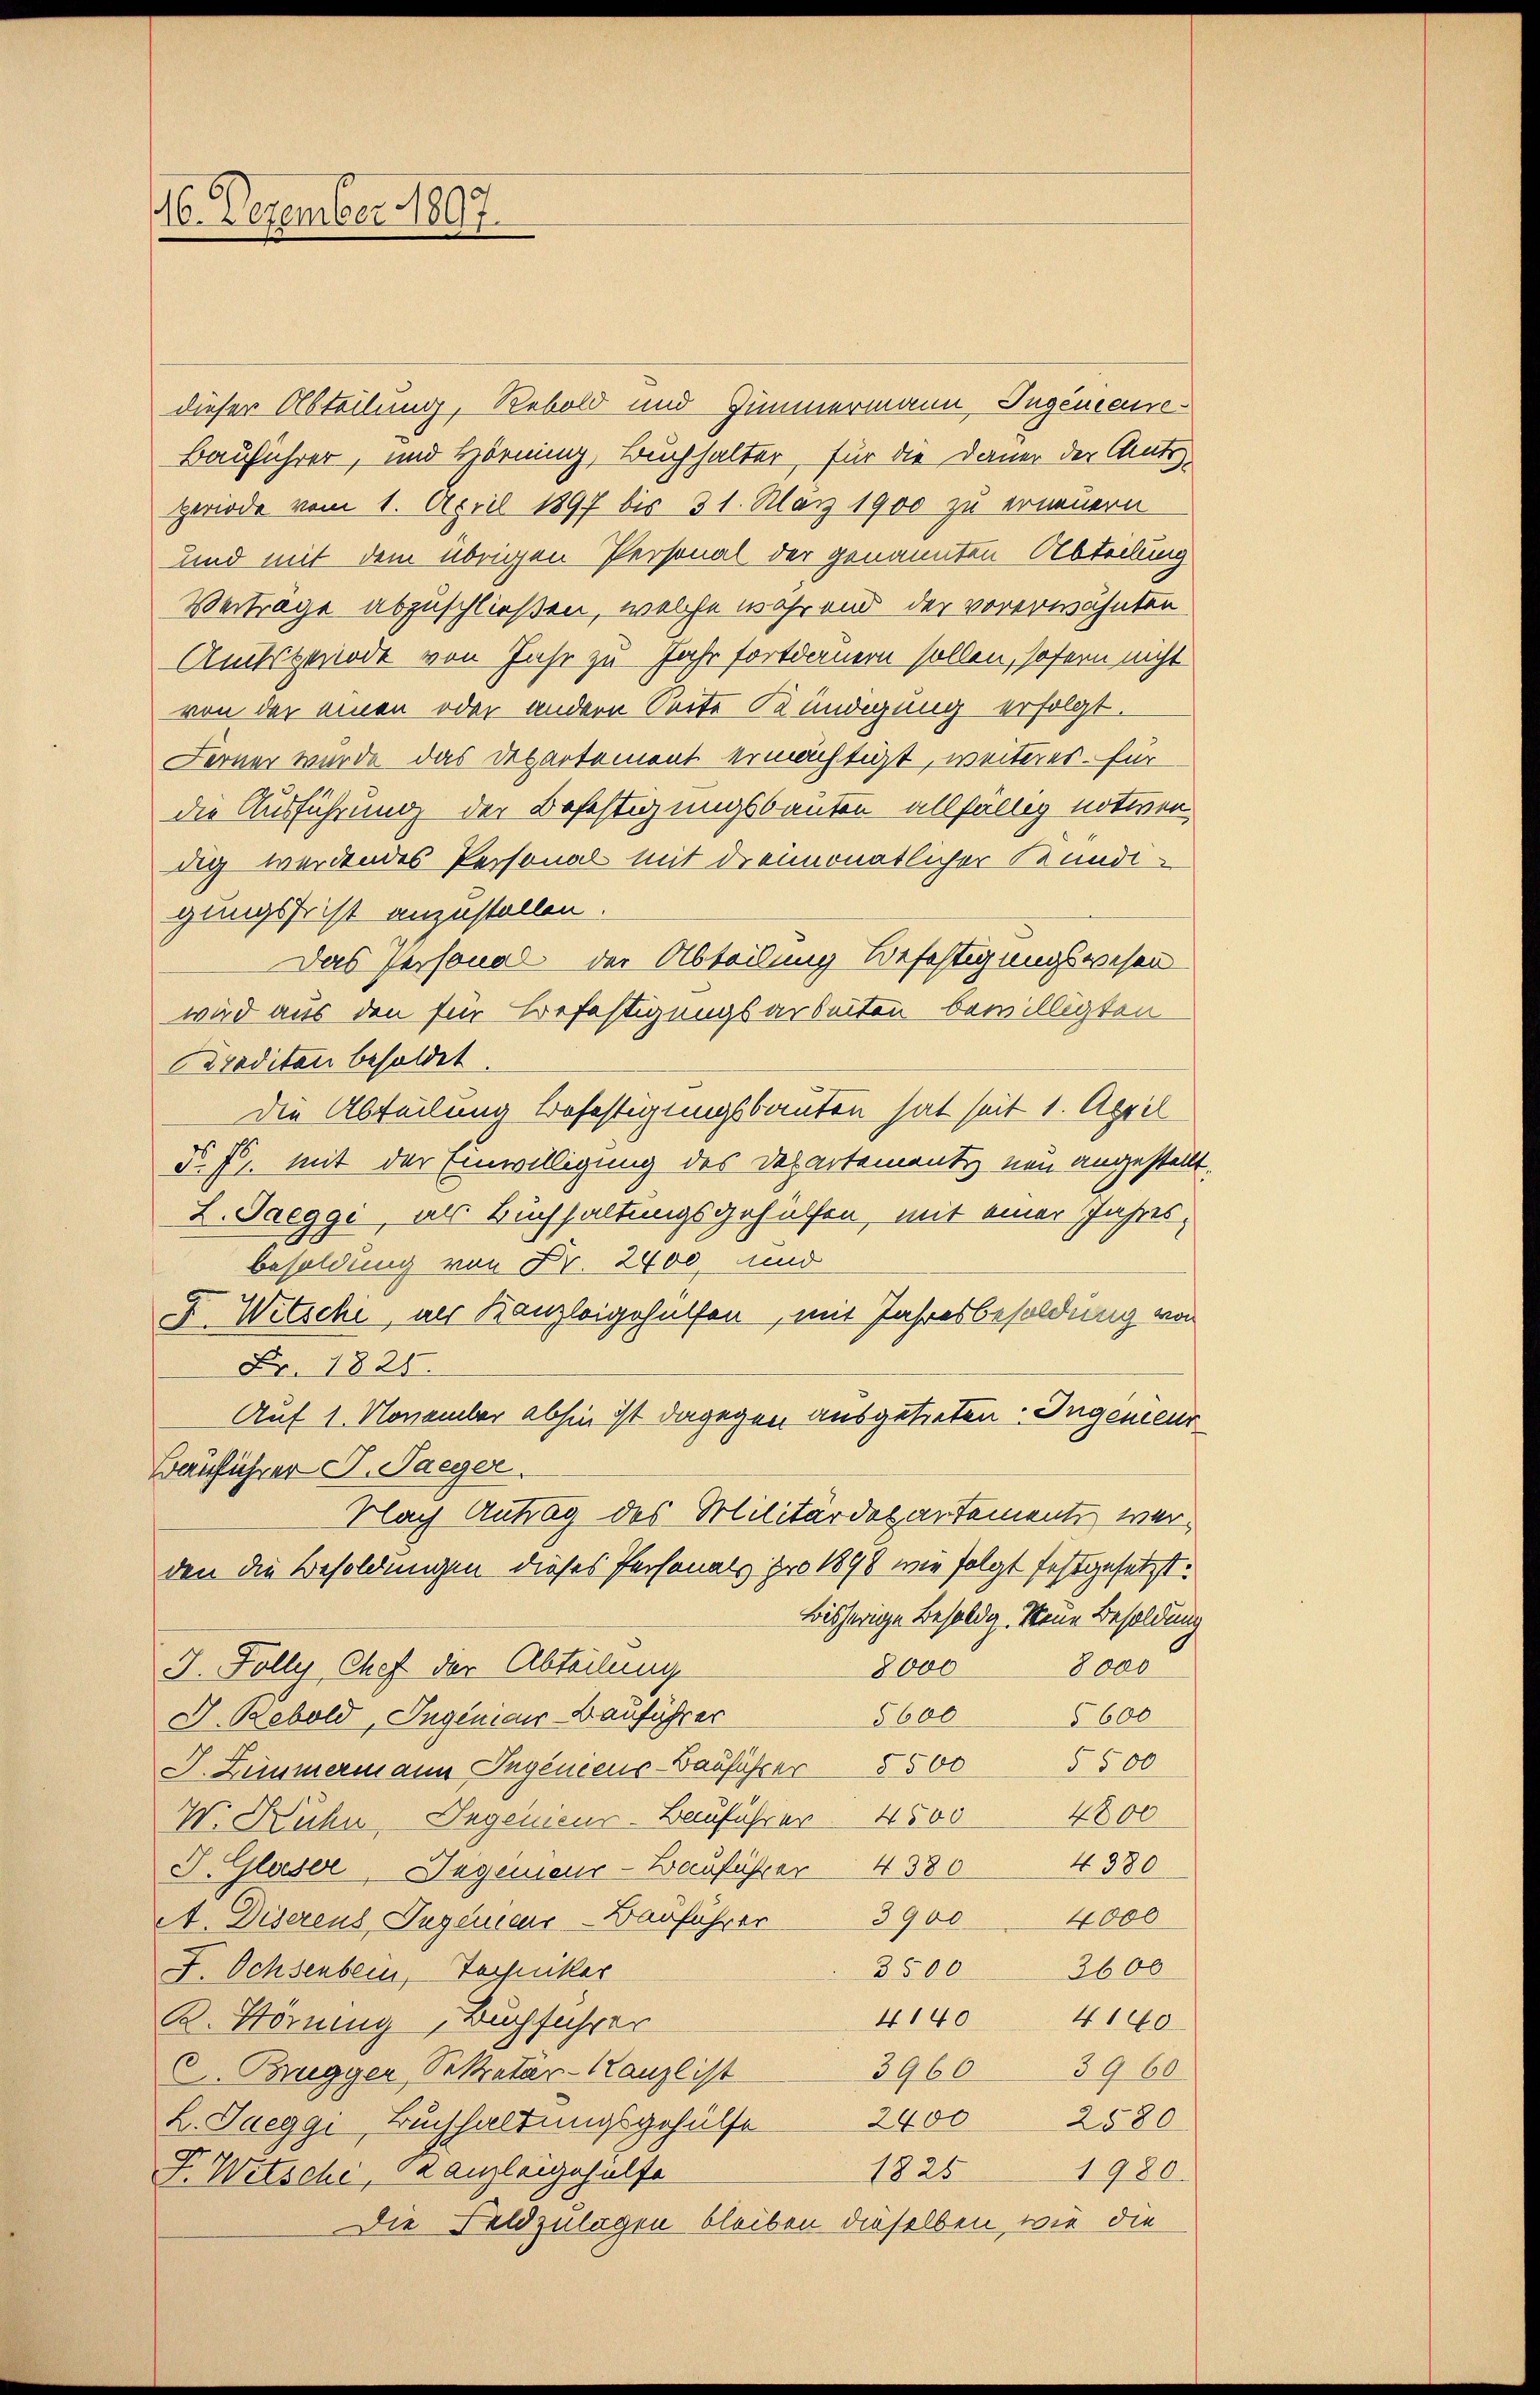
46. Dezember 1897.

dieser Abteilung, Rebold und Zimmermann, Ingenieure¬
Bauführer, und Hörning, Buchhalter, für die Dauer der Amts-
periode vom 1. April 1897 bis 31. März 1900 zu erneuern
und mit dem übrigen Personal der genannten Abteilung
Verträge abzuschließen, welche wahrend der vorerwähnten
Amtsgerode von Jahr zu Jahr fortdauern sollen, sofern nicht
von der einen oder andern Seite Kündigung erfolgt.
Ferner wurde das Departement ermächtigt, weiteres für
die Ausführung der Befestigungsbauten allfällig notiven
dig werdendes Personal mit dreimonatlicher Kundigungsfrist anzustellen.
Das Personal der Abteilung Beschtigungswesen
wird aus den für Befestigungsarbeiten bewilligten
Traditan besoldet.
Die Abteilung Befestigungsbauten hat seit 1. April
Nr. f. mit der Einwilligung des Departementi nun angestellt.
L. Saeggi, als Buchhaltungsgehülfen, mit einer Jahresbesoldung von Fr. 2400 und
F. Witschi, als Kanzleigehülfen, mit Jahresbesoldung von
Fr. 1825.
Auf 1. November abhin ist dagegen ausgetreten. Ingenieur
Bauführer G. Saeger.
Nach Antrag des Militärdepartement werden die Besoldungen dieses Personals pro 1898 wie folgt festgesetzt.
Bisherige Besoldig. Neue Besoldung
8000
I. Folly Chef der Abteilunge
8000
5600 5600
J. Rebold, Ingenieur Bauführer
J. Zimmermann Ingeniens-Bauführer 5500 § 500
W. Kühn, Ingenieur-Bauführer 4500 4800
4880
J. Glaser, Ingenieur-Bauführer 4380
4000
A. Diserens Jugenieur-Bauführer 3900
3500 2600
F. Ochsenbern, Techniker
4140
4140
K. Störung, Buchführer
39663960
C. Bregger, Sekretär-Canzlist
L. Sueggi Buchhaltungsgehülfe 2400 2580
1825 1980.
F. Witsche, Kanzleigehülfe
Die Feldzulagen bleiben dieselben, wie die